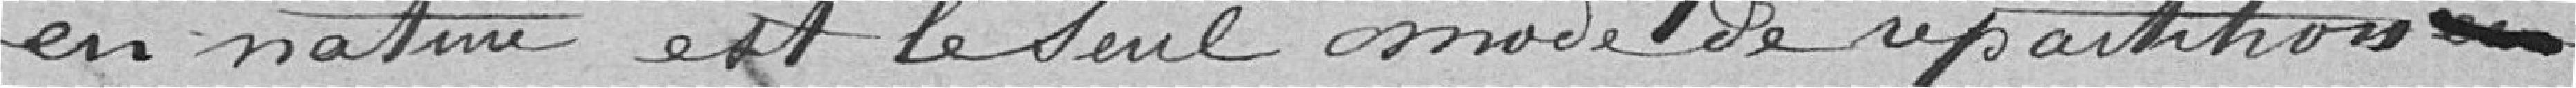
en nature est le seul mode de répartition